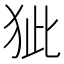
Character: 𤝭